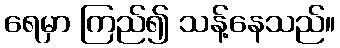
ရေမှာ ကြည်၍ သန့်နေသည်။